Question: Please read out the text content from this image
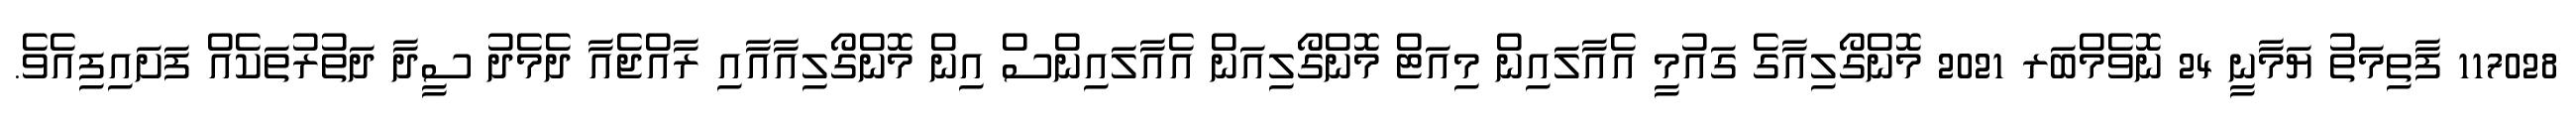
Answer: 117028 ފާތިމަތު ޔަމާނީ 24 ނޮވެމްބަރ 2021 މޮންގޯލިއާގެ ގައުމީ އެއާލައިން މިއަޓް މޮންގޯލިއަން އެއާލައިންސް އިން މޮންގޯލިއާއާއި ރާއްޖެއާ ދެމެދު ސީދާ ދަތުރުތަކެއް ފަށައިފިއެވެ.